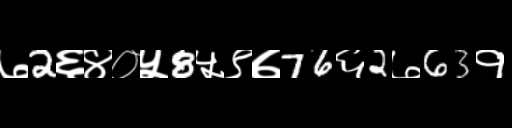
Text: ७2६४०५8५९७76६2७63१